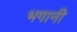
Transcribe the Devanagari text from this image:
भगानी